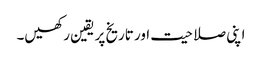
اپنی صلاحیت اور تاریخ پر یقین رکھیں۔